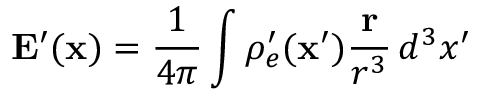
\mathbf { E } ^ { \prime } ( \mathbf { x } ) = \frac { 1 } { 4 \pi } \int \rho _ { e } ^ { \prime } ( \mathbf { x } ^ { \prime } ) \frac { \mathbf { r } } { r ^ { 3 } } \, d ^ { 3 } x ^ { \prime }